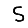
Digit: 5